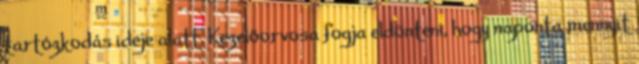
tartózkodás ideje alatt. Kezelőorvosa fogja eldönteni, hogy naponta mennyit